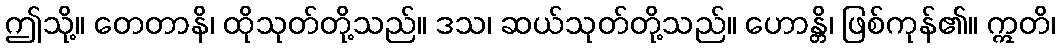
ဤသို့။ တေတာနိ၊ ထိုသုတ်တို့သည်။ ဒသ၊ ဆယ်သုတ်တို့သည်။ ဟောန္တိ၊ ဖြစ်ကုန်၏။ ဣတိ၊